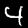
Label: 4